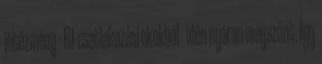
intézmény - EU-csatlakozási okokból - idén nyáron megszűnt. Így